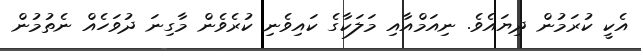
އެކީ ކުރަމުން ދިޔައެވެ. ނިއަމްއާއި މަލަކާގެ ކައިވެނި ކުރެވެން މާގިނަ ދުވަހެއް ނެތުމުން